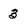
Character: 3